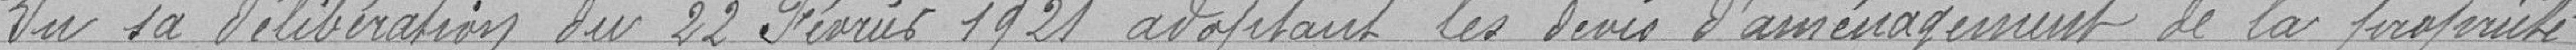
Vu sa délibération du 22 Février 1921 adoptant les devis d'aménagement de la propriété